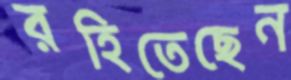
রহিতেছেন